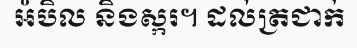
អំបិល និងស្ករ។ ដល់ត្រជាក់